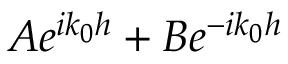
A e ^ { i k _ { 0 } h } + B e ^ { - i k _ { 0 } h }